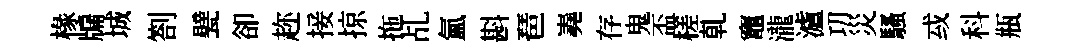
椽牖城劄甓卻趂接掠拖乩氳斟琶嶤存鬼盃槎乹竈瀧瀘㓛災騷㦯科瓶